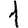
Digit: 1